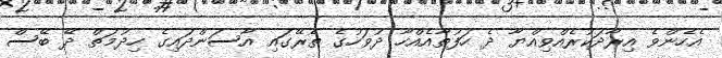
އެހެންވެ އިރާދަކުރެއްވިއްޔާ ދެ ހަފުތާއެއްހާ ދުވަހުގެ ތެރޭގައި އާސަންދައިގެ ހިދުމަތް ދޭ ބޭސް